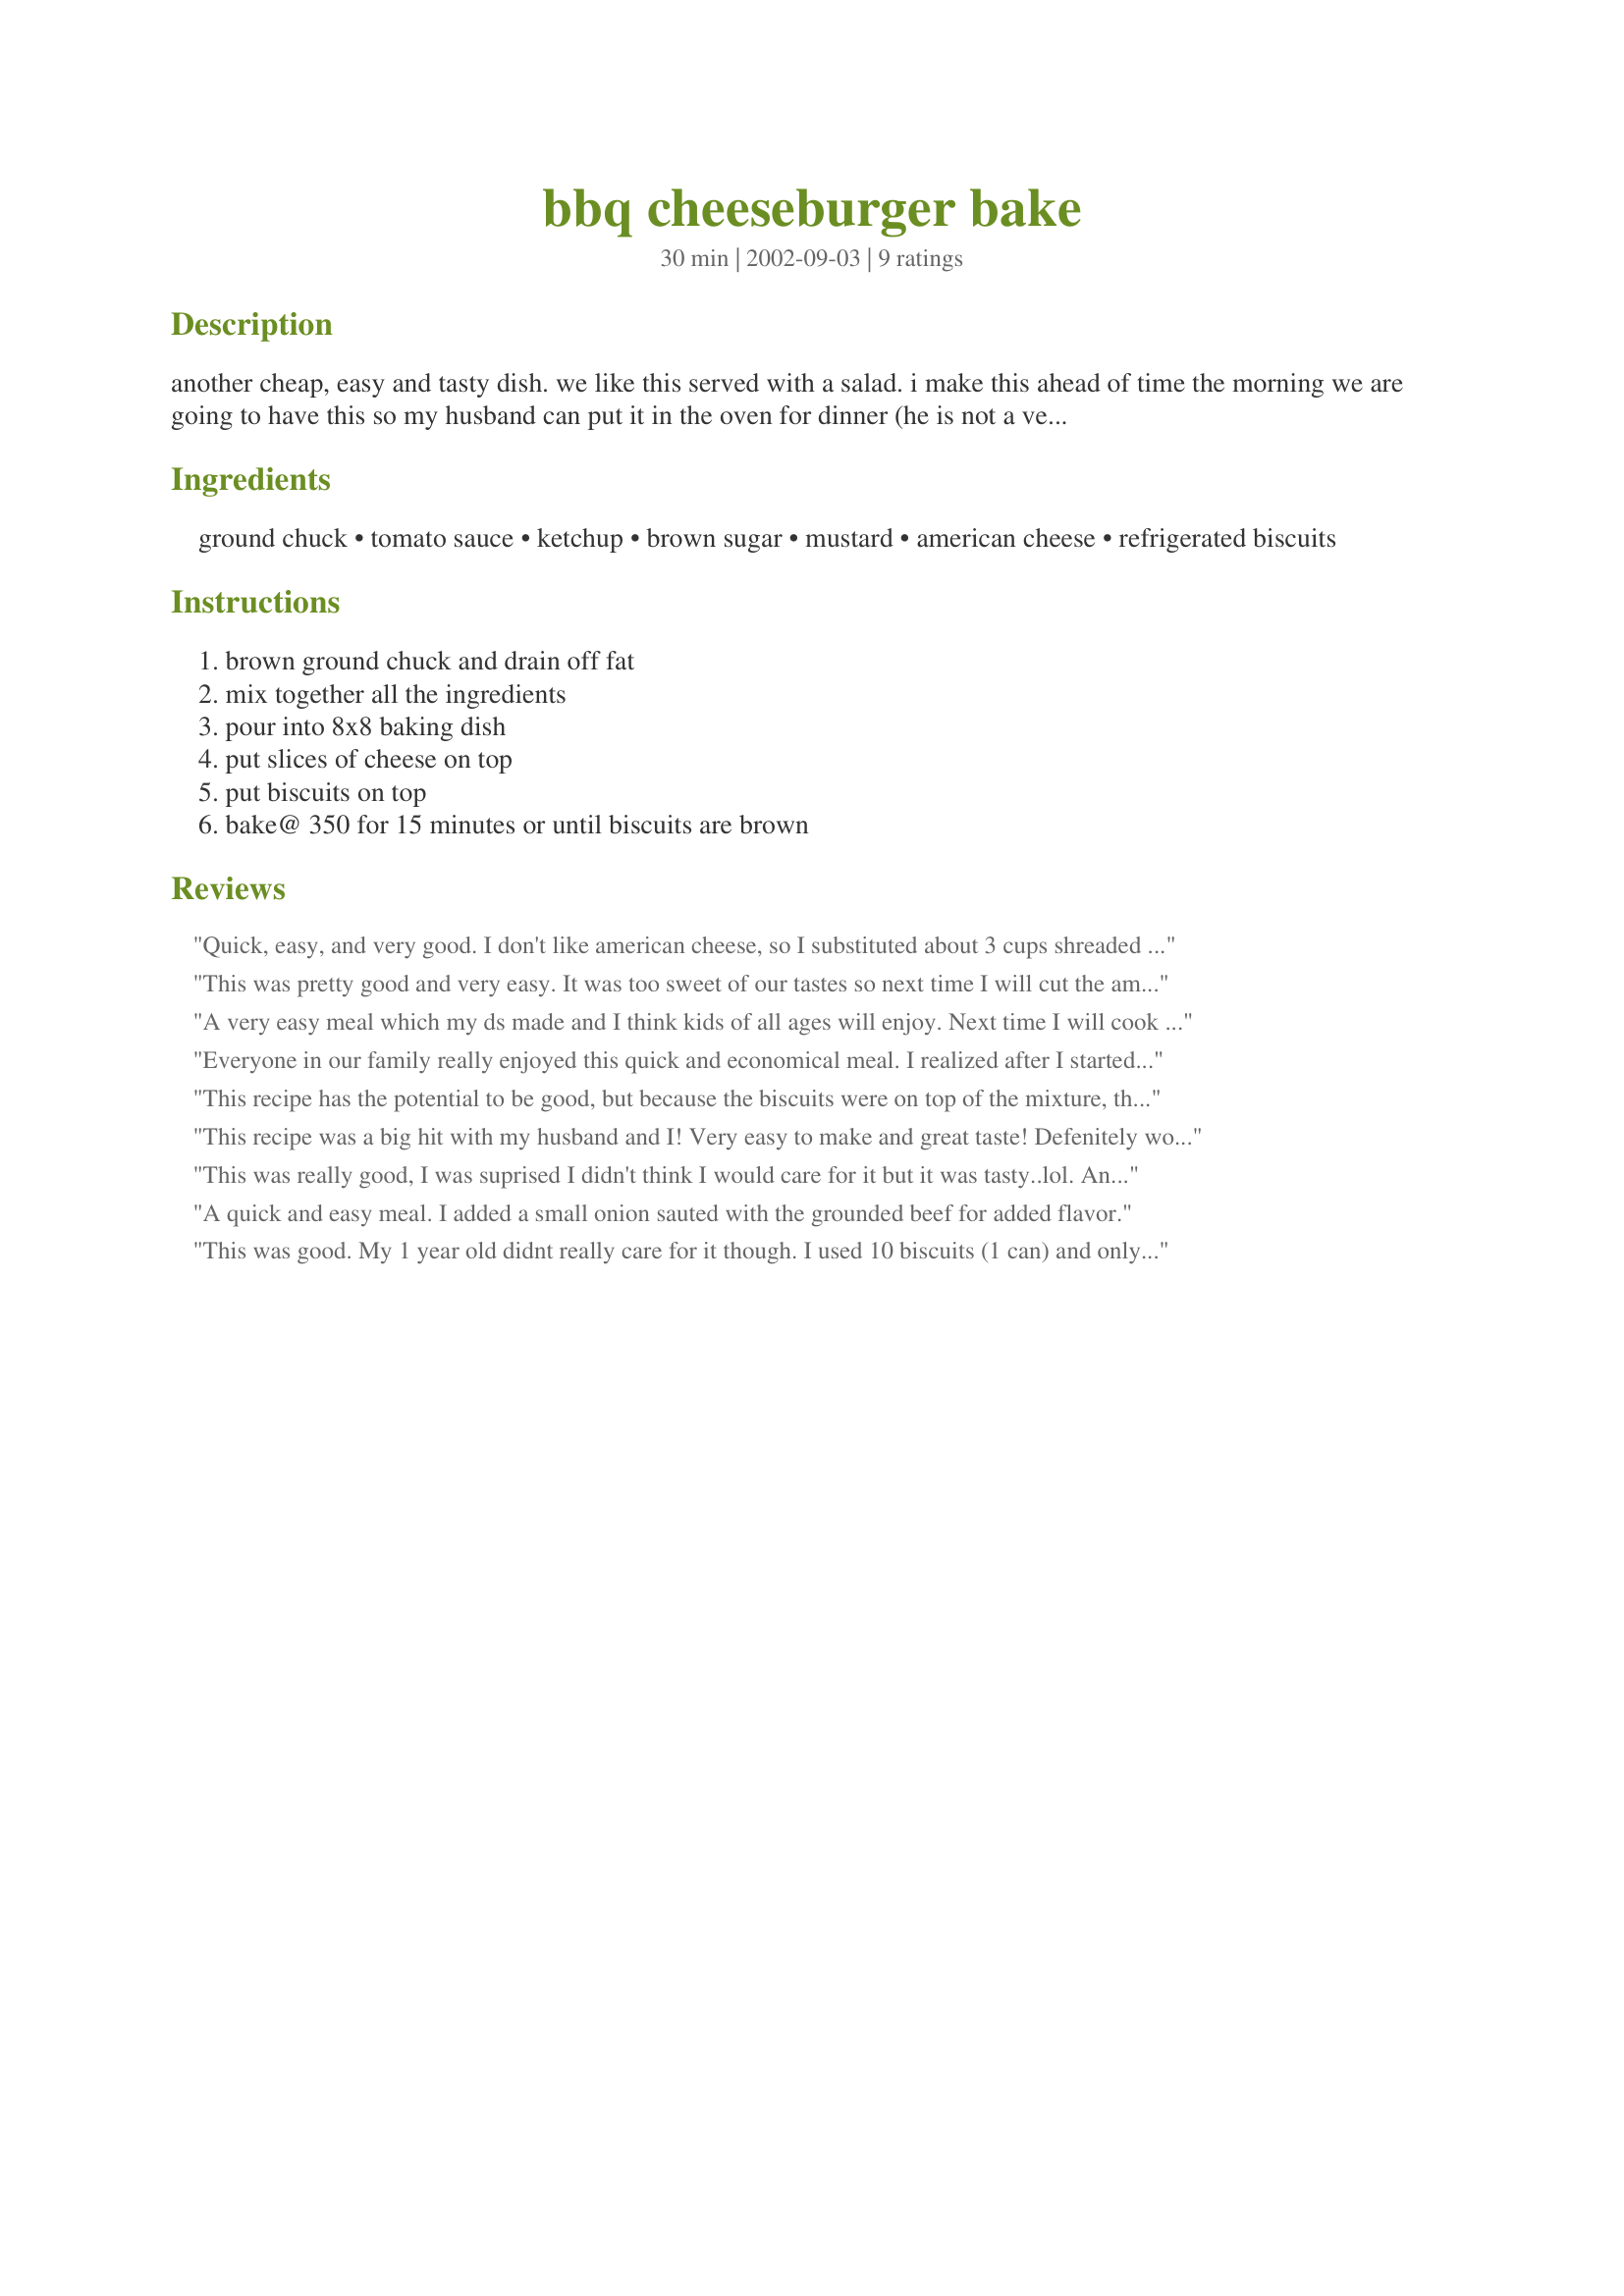
bbq cheeseburger bake
Preparation time: 30 minutes

another cheap, easy and tasty dish. we like this served with a salad. i make this ahead of time the morning we are going to have this so my husband can put it in the oven for dinner (he is not a very good cook haha).

Ingredients:
ground chuck, tomato sauce, ketchup, brown sugar, mustard, american cheese, refrigerated biscuits

Steps:
brown ground chuck and drain off fat, mix together all the ingredients, pour into 8x8 baking dish, put slices of cheese on top, put biscuits on top, bake@ 350 for 15 minutes or until biscuits are brown

Reviews:
Quick, easy, and very good. I don't like american cheese, so I substituted about 3 cups shreaded cheddar and it came out awesome.
This was pretty good and very easy. It was too sweet of our tastes so next time I will cut the amount of sugar in 1/2. Thanks!
A very easy meal which my ds made and I think kids of all ages will enjoy. Next time I will cook it a bit longer though. Thanks for sharing!
Everyone in our family really enjoyed this quick and economical meal. I realized after I started cooking that I was out of tomato sauce, so I used BBQ sauce and water and omitted the brown sugar as a replacement. I do think 2 cans of biscuits would be too much for an 8 x 8 pan, because I doubled the recipe, used a 9 x 13 pan and still used only two 7 oz. cans of biscuits. The end result tasted in between a sloppy joe and a cheeseburger...very tasty. Thanks! P.S. I added some minced onion while cooking the meat.
This recipe has the potential to be good, but because the biscuits were on top of the mixture, they didn't cook all the way. I would suggest cooking the biscuits on a cookie sheet seperately and then putting them on top for the last three minutes or so. The dish tasted good, however we couldn't eat most of it because the biscuits were doughy!
This recipe was a big hit with my husband and I! Very easy to make and great taste! Defenitely worth trying out.
This was really good, I was suprised I didn't think I would care for it but it was tasty..lol. And the kiddos liked it a lot too!! Thanks for an easy, delicious meal.
A quick and easy meal. I added a small onion sauted with the grounded beef for added flavor.
This was good. My 1 year old didnt really care for it though. I used 10 biscuits (1 can) and only 4 slices of cheese. With the ketchup I also used honey BBQ sauce and more mustard. After cooking, was sort of watery but still very good taste. Thanks!
